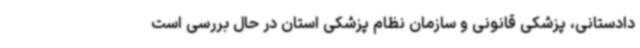
دادستانی، پزشکی قانونی و سازمان نظام پزشکی استان در حال بررسی است